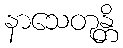
နာသေတုန္တိ